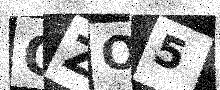
Text: QZO5